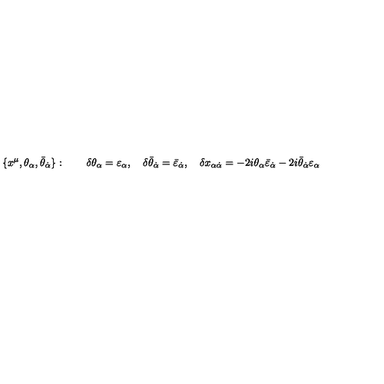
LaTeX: \{ x ^ { \mu } , \theta _ { \alpha } , \bar { \theta } _ { \dot { \alpha } } \} : \qquad \delta \theta _ { \alpha } = \varepsilon _ { \alpha } , \quad \delta \bar { \theta } _ { \dot { \alpha } } = \bar { \varepsilon } _ { \dot { \alpha } } , \quad \delta x _ { \alpha \dot { \alpha } } = - 2 i \theta _ { \alpha } \bar { \varepsilon } _ { \dot { \alpha } } - 2 i \bar { \theta } _ { \dot { \alpha } } \varepsilon _ { \alpha }